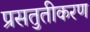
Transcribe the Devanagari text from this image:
प्रसतुतीकरण